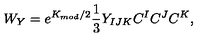
W _ { Y } = e ^ { K _ { m o d } / 2 } \frac { 1 } { 3 } Y _ { I J K } C ^ { I } C ^ { J } C ^ { K } ,